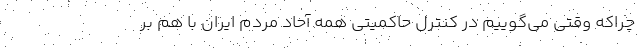
چراکه وقتی می‌گوییم در کنترل حاکمیتی همه آحاد مردم ایران با هم بر